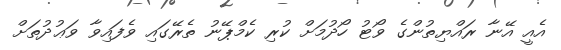
އެއީ އޭނާ ރައްޔިތުންގެ ވޯޓު ހޯދުމަށް ކުރި ކެމްޕޭނު ތެރޭގައި ވެފައިވާ ވަޢުދުތަށް